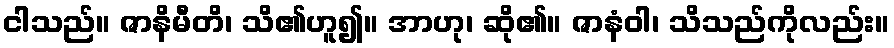
ငါသည်။ ဇာနိမီတိ၊ သိ၏ဟူ၍။ အာဟု၊ ဆို၏။ ဇာနံဝါ၊ သိသည်ကိုလည်း။